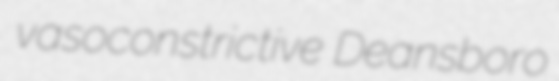
vasoconstrictive Deansboro